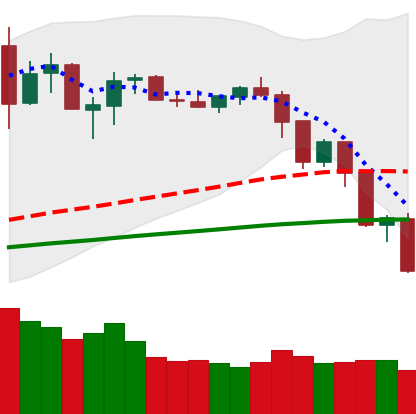
Ticker: NEO-USD
Chart end date: 2019-07-16
Forward return: 26.854%
Label: up_7plus